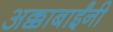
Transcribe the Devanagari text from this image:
अक्काबाईंनी